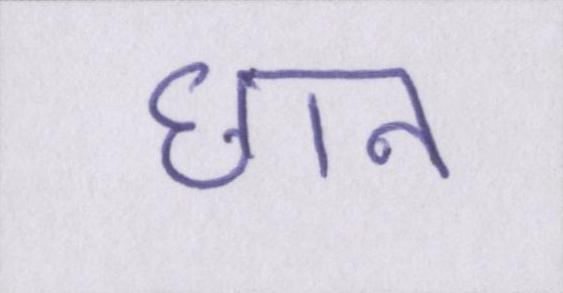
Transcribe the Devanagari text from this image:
छान